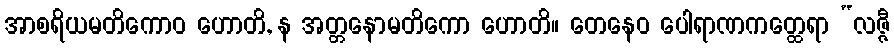
အာစရိယမတိကောဝ ဟောတိ, န အတ္တနောမတိကော ဟောတိ။ တေနေဝ ပေါရာဏကတ္ထေရာ “လဇ္ဇီ